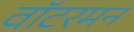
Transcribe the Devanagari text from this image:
वॉटरमन